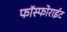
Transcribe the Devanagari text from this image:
फॉस्फोराईट